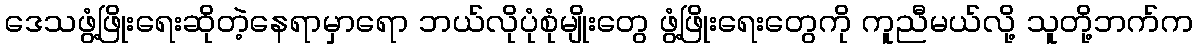
ဒေသဖွံ့ဖြိုးရေးဆိုတဲ့နေရာမှာရော ဘယ်လိုပုံစုံမျိုးတွေ ဖွံ့ဖြိုးရေးတွေကို ကူညီမယ်လို့ သူတို့ဘက်က